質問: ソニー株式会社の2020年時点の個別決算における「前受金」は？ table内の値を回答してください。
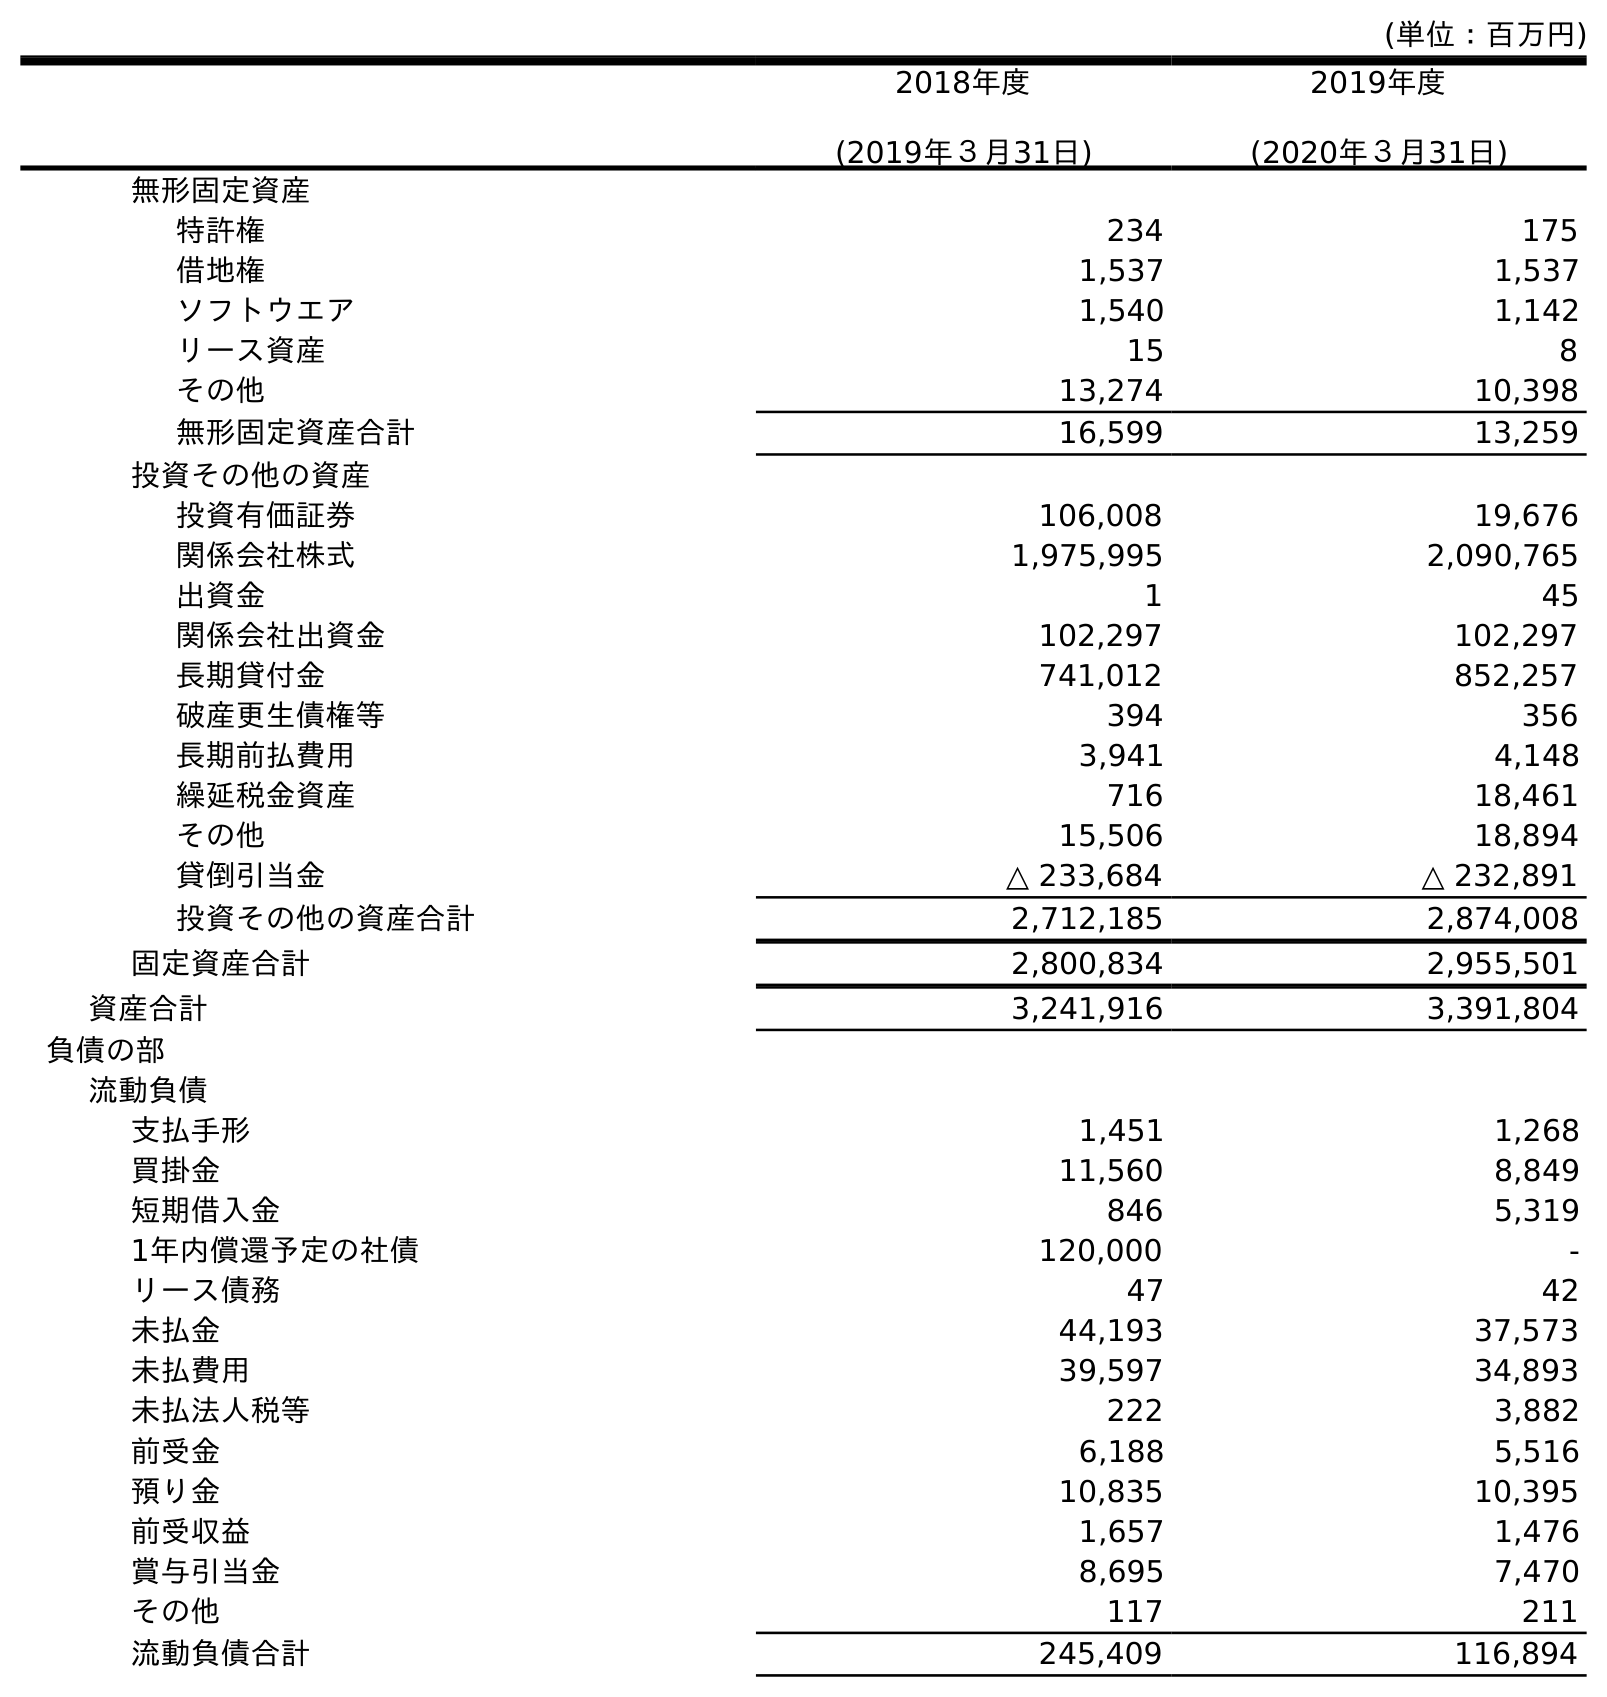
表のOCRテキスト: (単位：百万円) 2018年度 (2019年３月31日) 2019年度 (2020年３月31日) 無形固定資産 特許権 234 175 借地権 1,537 1,537 ソフトウエア 1,540 1,142 リース資産 15 8 その他 13,274 10,398 無形固定資産合計 16,599 13,259 投資その他の資産 投資有価証券 106,008 19,676 関係会社株式 1,975,995 2,090,765 出資金 1 45 関係会社出資金 102,297 102,297 長期貸付金 741,012 852,257 破産更生債権等 394 356 長期前払費用 3,941 4,148 繰延税金資産 716 18,461 その他 15,506 18,894 貸倒引当金 △ 233,684 △ 232,891 投資その他の資産合計 2,712,185 2,874,008 固定資産合計 2,800,834 2,955,501 資産合計 3,241,916 3,391,804 負債の部 流動負債 支払手形 1,451 1,268 買掛金 11,560 8,849 短期借入金 846 5,319 1年内償還予定の社債 120,000 - リース債務 47 42 未払金 44,193 37,573 未払費用 39,597 34,893 未払法人税等 222 3,882 前受金 6,188 5,516 預り金 10,835 10,395 前受収益 1,657 1,476 賞与引当金 8,695 7,470 その他 117 211 流動負債合計 245,409 116,894
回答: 5,516